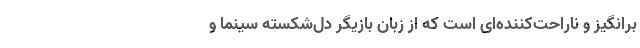
برانگیز و ناراحت‌کننده‌ای است که از زبان بازیگر دل‌شکسته سینما و